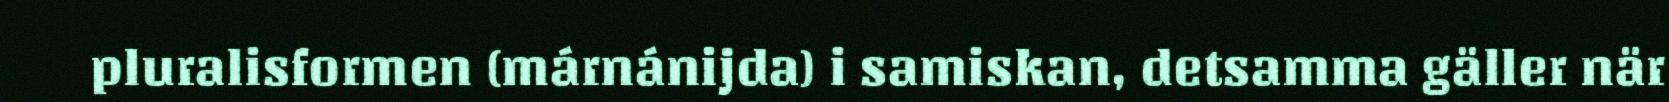
pluralisformen (márnánijda) i samiskan, detsamma gäller när